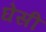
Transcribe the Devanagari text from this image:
घेसी